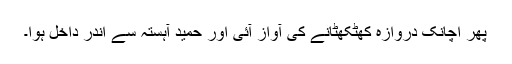
پھر اچانک دروازہ کھٹکھٹانے کی آواز آئی اور حمید آہستہ سے اندر داخل ہوا۔